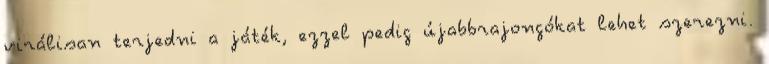
virálisan terjedni a játék, ezzel pedig újabbrajongókat lehet szerezni.